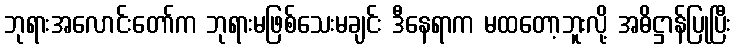
ဘုရားအလောင်းတော်က ဘုရားမဖြစ်သေးမချင်း ဒီနေရာက မထတော့ဘူးလို့ အဓိဋ္ဌာန်ပြုပြီး